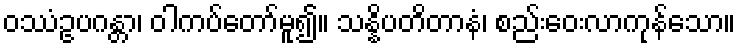
ဝဿံဥပဂန္တာ၊ ဝါကပ်တော်မူ၍။ သန္နိပတိတာနံ၊ စည်းဝေးလာကုန်သော။